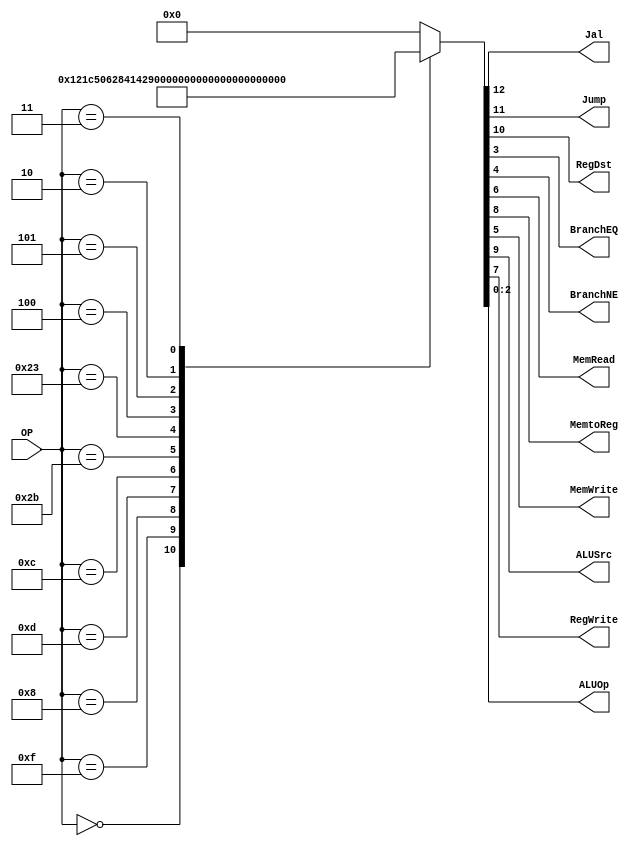
/******************************************************************
* Description
*	This is control unit for the MIPS processor. The control unit is 
*	in charge of generation of the control signals. Its only input 
*	corresponds to opcode from the instruction.
*	1.0
* Author:
*	Dr. Jos Luis Pizano Escalante
* email:
*	luispizano@iteso.mx
* Date:
*	01/03/2014
******************************************************************/
module Control
(
	input [5:0]OP,
	output Jal,
	output Jump,
	output RegDst,
	output BranchEQ,
	output BranchNE,
	output MemRead,
	output MemtoReg,
	output MemWrite,
	output ALUSrc,
	output RegWrite,
	output [2:0]ALUOp
);
localparam R_Type = 0;
localparam I_Type_LUI = 6'h0f;
localparam I_Type_ADDI = 6'h8;
localparam I_Type_ORI = 6'h0d;
localparam I_Type_ANDI = 6'h0c;
localparam I_Type_Store = 6'h2b;
localparam I_Type_Load = 6'h23;
localparam I_Type_BEQ  = 6'h04;
localparam I_Type_BNE  = 6'h05;
localparam J_Type_J = 6'h02;
localparam J_Type_JAL = 6'h03;

reg [12:0] ControlValues;

always@(OP) begin
	casex(OP)
		R_Type:       	ControlValues = 13'b00_1_001_00_00_111;
		I_Type_LUI:		ControlValues = 13'b00_0_101_00_00_011;
		I_Type_ADDI:	ControlValues = 13'b00_0_101_00_00_100;
		I_Type_ORI:		ControlValues = 13'b00_0_101_00_00_101;
		I_Type_ANDI:	ControlValues = 13'b00_0_101_00_00_110;
		
		I_Type_Store:  ControlValues = 13'b00_0_100_01_00_001;
		I_Type_Load:   ControlValues = 13'b00_0_111_10_00_001;
		I_Type_BEQ:		ControlValues = 13'b00_0_000_00_01_010;
		I_Type_BNE:		ControlValues = 13'b00_0_000_00_10_010;
		J_Type_J:		ControlValues = 13'b01_0_000_00_00_000;
		J_Type_JAL:    ControlValues = 13'b11_0_001_00_00_000;
		default:
			ControlValues= 13'b0000000000000;
		endcase
end	
assign Jal =		ControlValues[12];
assign Jump = 		ControlValues[11];
assign RegDst =	ControlValues[10];
assign ALUSrc = 	ControlValues[9];
assign MemtoReg = ControlValues[8];
assign RegWrite = ControlValues[7];
assign MemRead = 	ControlValues[6];
assign MemWrite = ControlValues[5];
assign BranchNE = ControlValues[4];
assign BranchEQ = ControlValues[3];
assign ALUOp = 	ControlValues[2:0];	

endmodule
//control//